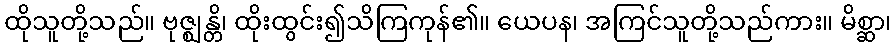
ထိုသူတို့သည်။ ဗုဇ္ဈန္တိ၊ ထိုးထွင်း၍သိကြကုန်၏။ ယေပန၊ အကြင်သူတို့သည်ကား။ မိစ္ဆာ၊